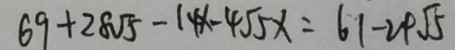
6 9 + 2 8 \sqrt { 5 } - 1 4 x - 4 \sqrt { 5 } x = 6 1 - 2 4 \sqrt { 5 }